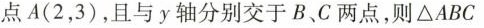
点A(2，3)，且与y轴分别交于B、C两点，则\bigtriangleupABC